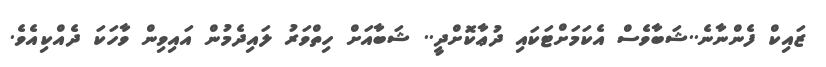
ޒައިކް ފެންނާނެ..ޝަބާވެސް އެކަމަށްޓަކަައި ދުޢާކޮށްދީ.. ޝަބާއަށް ހިތްވަރު ލައިދެމުން އައިވިން ވާހަކަ ދެއްކިއެވެ.